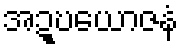
အဍ္ဎယောဇနံ